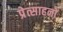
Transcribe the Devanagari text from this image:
प्रेत्साहनों